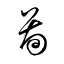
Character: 啚